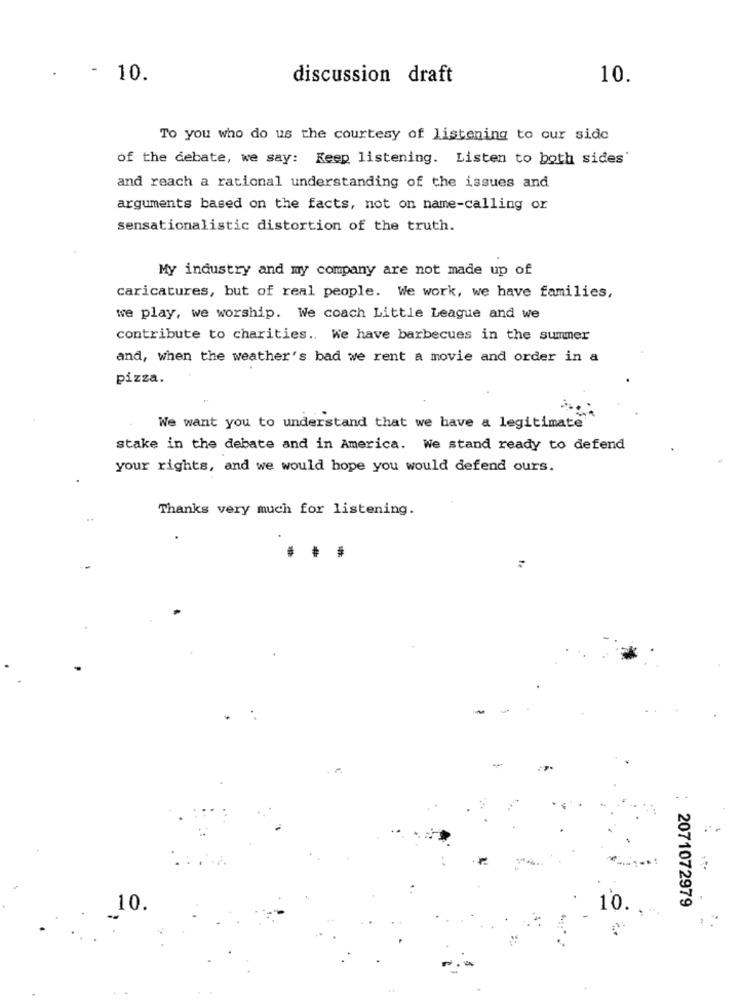
- 10.
discussion draft
10.
To you who do us the courtesy of listening to our side
of the debate, we say: Keep listening. Listen to both sides'
and reach a rational understanding of the issues and
arguments based on the facts, not on name-calling or
sensationalistic distortion of the truth.
My industry and my company are not made up of
caricatures, but of real people. We work, we have families,
we play, we worship. We coach Little League and we
contribute to charities .. We have barbecues in the summer
and, when the weather's bad we rent a movie and order in a
pizza.
We want you to understand that we have a legitimate
stake in the debate and in America. We stand ready to defend
your rights, and we would hope you would defend ours.
Thanks very much for listening.
2071072979
10.
10.